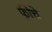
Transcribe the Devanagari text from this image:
फीचे